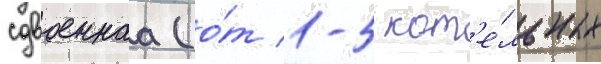
сдвоеннаа (о́т 1-5 кот'е́льных